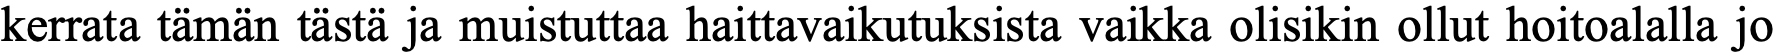
kerrata tämän tästä ja muistuttaa haittavaikutuksista vaikka olisikin ollut hoitoalalla jo